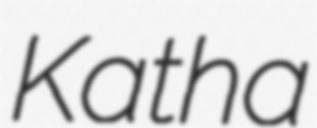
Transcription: Katha